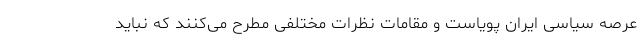
عرصه سیاسی ایران پویاست و مقامات نظرات مختلفی مطرح می‌کنند که نباید